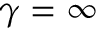
\gamma = \infty